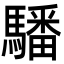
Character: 䮳